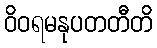
ဝိဝရမနုပတတီတိ